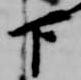
下